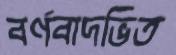
বর্ণবাদভিত